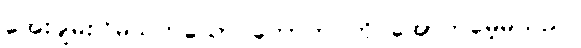
အေးချမ်းငြိမ်သက်သော တောဘဝကို အောက်မေ့မိသည်။